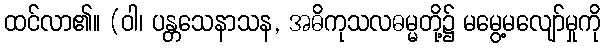
ထင်လာ၏။ (ဝါ၊ ပန္တသေနာသန, အဓိကုသလဓမ္မတို့၌ မမွေ့မလျော်မှုကို